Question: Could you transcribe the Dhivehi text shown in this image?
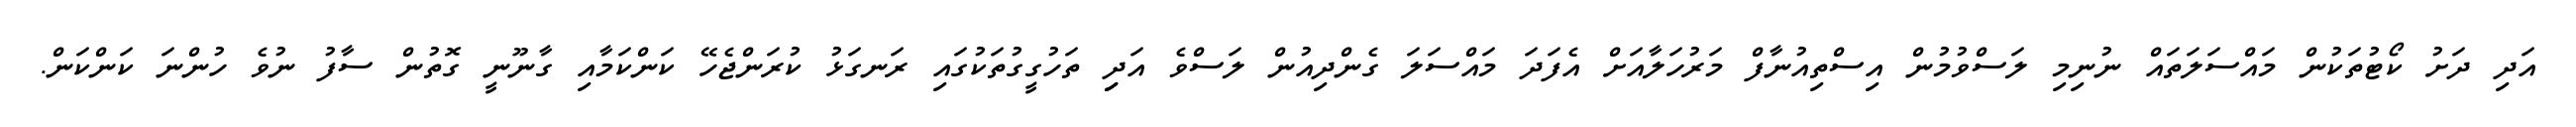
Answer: އަދި ދަށު ކޯޓުތަކުން މައްސަލަތައް ނުނިމި ލަސްވުމުން އިސްތިއުނާފް މަރުހަލާއަށް އެފަދަ މައްސަލަ ގެންދިއުން ލަސްވެ އަދިި ތަހުގީގުތަކުގައި ރަނގަޅު ކުރަންޖެހޭ ކަންކަމާއި ގާނޫނީ ގޮތުން ސާފު ނުވެ ހުންނަ ކަންކަން.